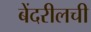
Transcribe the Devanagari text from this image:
बेंदरीलची